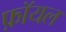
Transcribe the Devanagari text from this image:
फ़ॉयल